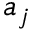
a _ { j }